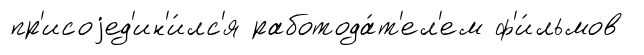
пр'исоjед'ин'и́лс'я работода́т'ел'ем ф'и́льмов